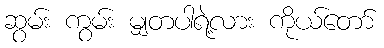
ဆွမ်း ကွမ်း မျှတပါရဲ့လား ကိုယ်တော်